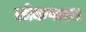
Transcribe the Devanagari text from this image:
लोकपाल।